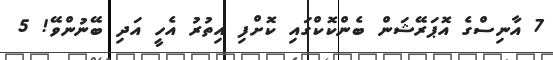
7 އާނިސްގެ އޮޕަރޭޝަން ބެންކޮކްގައި ކޮށްފި އިތުރު އެހީ އަދި ބޭނުންވޭ! 5